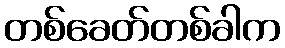
တစ်ခေတ်တစ်ခါက